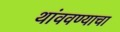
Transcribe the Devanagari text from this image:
थांववण्याचा